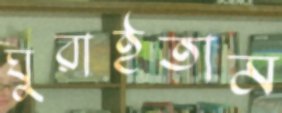
ঘুরাইতাম